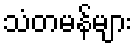
သံတမန်များ